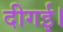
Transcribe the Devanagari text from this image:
दीगई।